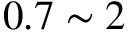
0 . 7 \sim 2